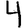
Digit: 4